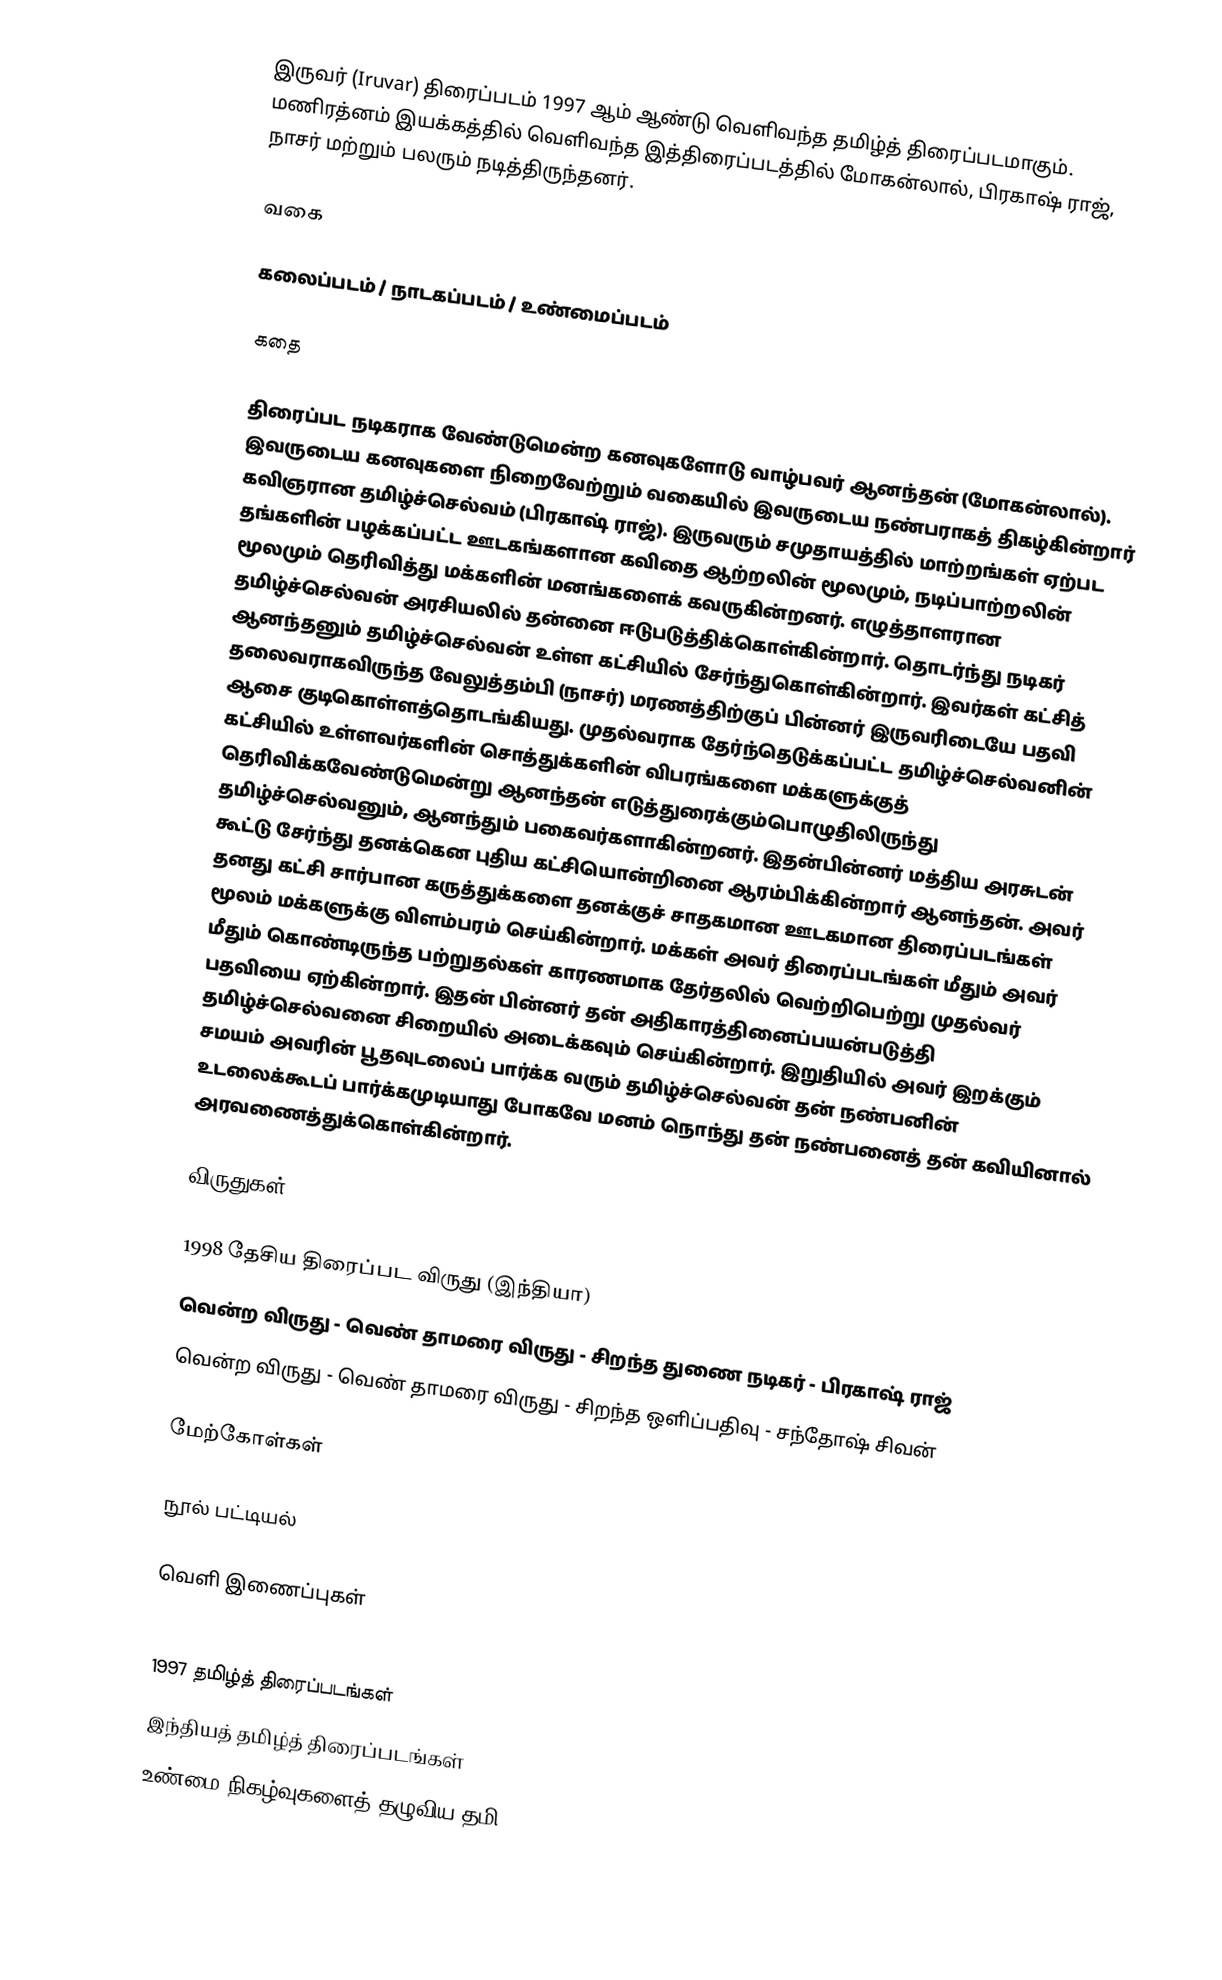
இருவர் (Iruvar) திரைப்படம் 1997 ஆம் ஆண்டு வெளிவந்த தமிழ்த் திரைப்படமாகும். மணிரத்னம் இயக்கத்தில் வெளிவந்த இத்திரைப்படத்தில் மோகன்லால், பிரகாஷ் ராஜ், நாசர் மற்றும் பலரும் நடித்திருந்தனர்.

வகை

கலைப்படம் / நாடகப்படம் / உண்மைப்படம்

கதை

திரைப்பட நடிகராக வேண்டுமென்ற கனவுகளோடு வாழ்பவர் ஆனந்தன் (மோகன்லால்). இவருடைய கனவுகளை நிறைவேற்றும் வகையில் இவருடைய நண்பராகத் திகழ்கின்றார் கவிஞரான தமிழ்ச்செல்வம் (பிரகாஷ் ராஜ்). இருவரும் சமுதாயத்தில் மாற்றங்கள் ஏற்பட தங்களின் பழக்கப்பட்ட ஊடகங்களான கவிதை ஆற்றலின் மூலமும், நடிப்பாற்றலின் மூலமும் தெரிவித்து மக்களின் மனங்களைக் கவருகின்றனர். எழுத்தாளரான தமிழ்ச்செல்வன் அரசியலில் தன்னை ஈடுபடுத்திக்கொள்கின்றார். தொடர்ந்து நடிகர் ஆனந்தனும் தமிழ்ச்செல்வன் உள்ள கட்சியில் சேர்ந்துகொள்கின்றார். இவர்கள் கட்சித் தலைவராகவிருந்த வேலுத்தம்பி (நாசர்) மரணத்திற்குப் பின்னர் இருவரிடையே பதவி ஆசை குடிகொள்ளத்தொடங்கியது. முதல்வராக தேர்ந்தெடுக்கப்பட்ட தமிழ்ச்செல்வனின் கட்சியில் உள்ளவர்களின் சொத்துக்களின் விபரங்களை மக்களுக்குத் தெரிவிக்கவேண்டுமென்று ஆனந்தன் எடுத்துரைக்கும்பொழுதிலிருந்து தமிழ்ச்செல்வனும், ஆனந்தும் பகைவர்களாகின்றனர். இதன்பின்னர் மத்திய அரசுடன் கூட்டு சேர்ந்து தனக்கென புதிய கட்சியொன்றினை ஆரம்பிக்கின்றார் ஆனந்தன். அவர் தனது கட்சி சார்பான கருத்துக்களை தனக்குச் சாதகமான ஊடகமான திரைப்படங்கள் மூலம் மக்களுக்கு விளம்பரம் செய்கின்றார். மக்கள் அவர் திரைப்படங்கள் மீதும் அவர் மீதும் கொண்டிருந்த பற்றுதல்கள் காரணமாக தேர்தலில் வெற்றிபெற்று முதல்வர் பதவியை ஏற்கின்றார். இதன் பின்னர் தன் அதிகாரத்தினைப்பயன்படுத்தி தமிழ்ச்செல்வனை சிறையில் அடைக்கவும் செய்கின்றார். இறுதியில் அவர் இறக்கும் சமயம் அவரின் பூதவுடலைப் பார்க்க வரும் தமிழ்ச்செல்வன் தன் நண்பனின் உடலைக்கூடப் பார்க்கமுடியாது போகவே மனம் நொந்து தன் நண்பனைத் தன் கவியினால் அரவணைத்துக்கொள்கின்றார்.

விருதுகள்

1998 தேசிய திரைப்பட விருது (இந்தியா)
வென்ற விருது - வெண் தாமரை விருது - சிறந்த துணை நடிகர் - பிரகாஷ் ராஜ்
வென்ற விருது - வெண் தாமரை விருது  - சிறந்த ஒளிப்பதிவு - சந்தோஷ் சிவன்

மேற்கோள்கள்

நூல் பட்டியல்

வெளி இணைப்புகள்

1997 தமிழ்த் திரைப்படங்கள்
இந்தியத் தமிழ்த் திரைப்படங்கள்
உண்மை நிகழ்வுகளைத் தழுவிய தமி